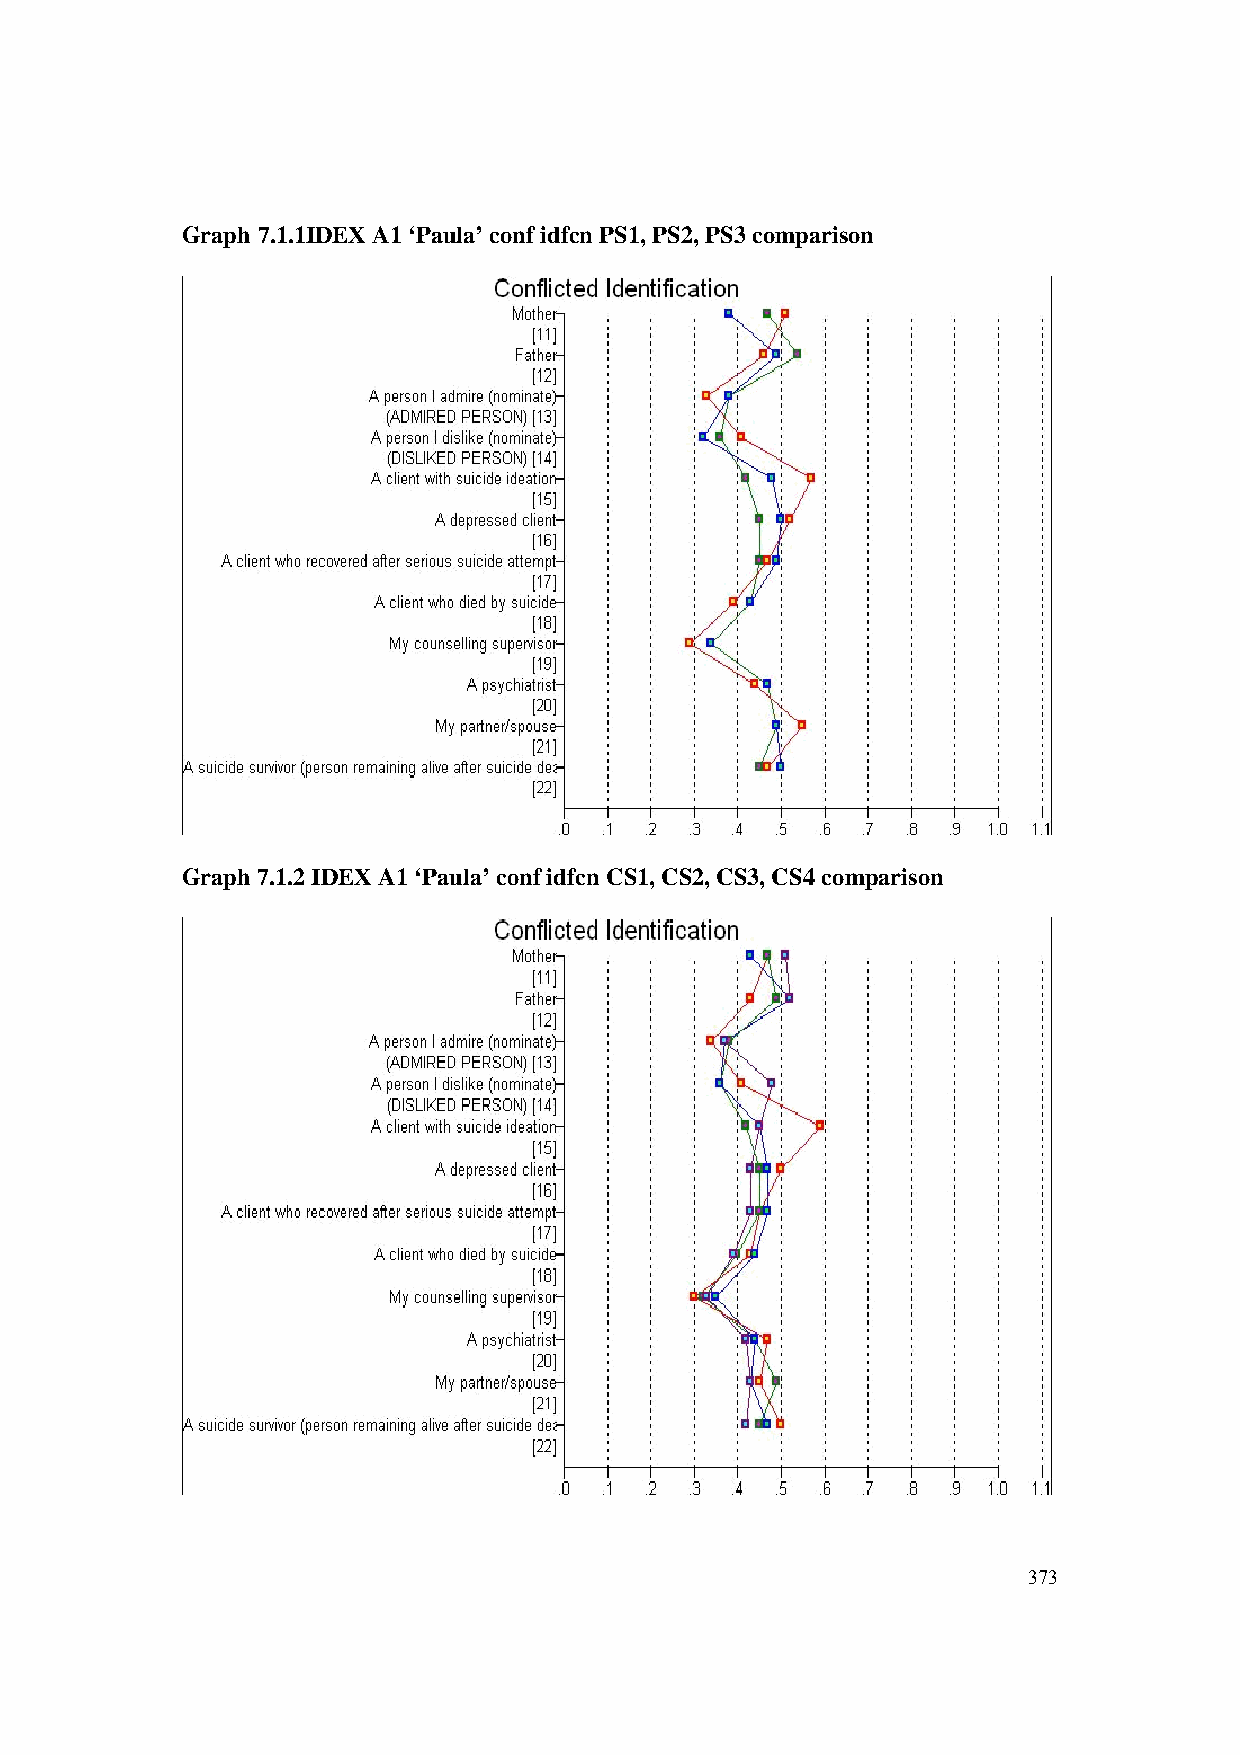
Graph 7.1.1IDEX A1 ‘Paula’ conf idfcn PS1, PS2, PS3 comparison
 Graph 7.1.2 IDEX A1 ‘Paula’ conf idfcn CS1, CS2, CS3, CS4 comparison
 373